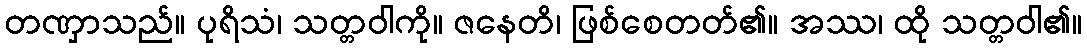
တဏှာသည်။ ပုရိသံ၊ သတ္တဝါကို။ ဇနေတိ၊ ဖြစ်စေတတ်၏။ အဿ၊ ထို သတ္တဝါ၏။